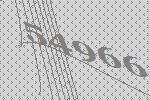
54966